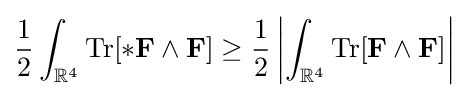
{\frac {1}{2}}\int _{\mathbb {R} ^{4}}\operatorname {Tr} [*\mathbf {F} \wedge \mathbf {F} ]\geq {\frac {1}{2}}\left|\int _{\mathbb {R} ^{4}}\operatorname {Tr} [\mathbf {F} \wedge \mathbf {F} ]\right|